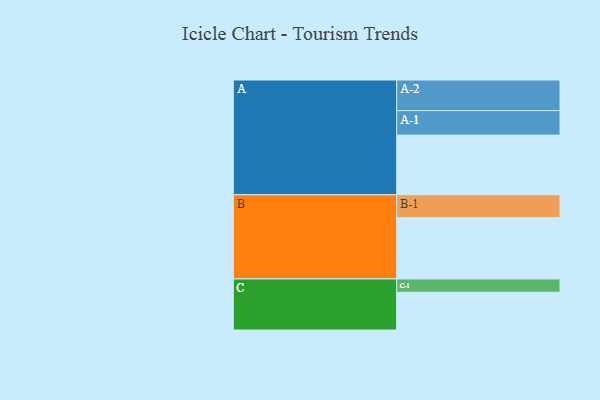
{"axis": {"x": "Segment", "y": "Value"}, "legend": ["", "A", "B", "C"], "data": [{"x": "A", "y": 545, "type": ""}, {"x": "B", "y": 560, "type": ""}, {"x": "C", "y": 345, "type": ""}, {"x": "A-1", "y": 224, "type": "A"}, {"x": "A-2", "y": 280, "type": "A"}, {"x": "B-1", "y": 210, "type": "B"}, {"x": "C-1", "y": 122, "type": "C"}]}